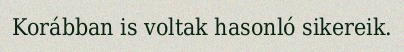
Korábban is voltak hasonló sikereik.